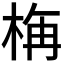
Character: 𣒰